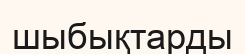
шыбықтарды